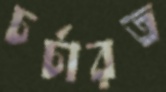
চর্চারত